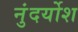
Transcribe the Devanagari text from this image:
नुंदर्योश